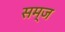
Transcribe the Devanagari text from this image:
सम्ज